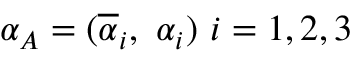
\alpha _ { A } = ( \overline { { { \alpha } } } _ { i } , \ \alpha _ { i } ) \ i = 1 , 2 , 3